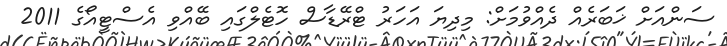
ސަންއަށް ޚަބަރެއް ދެއްވުމަށް: މިދިޔަ އަހަރު ޓްރޭޑާސް ހޮޓެލްގައި ބޭއްވި އެސްޓީއޯގެ 2011